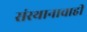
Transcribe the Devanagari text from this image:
संस्थानाचाही